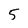
Character: 5